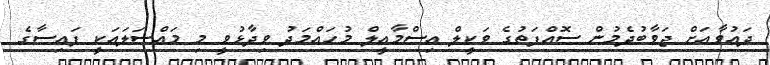
ދައުވާއަށް ޖަވާބުދެމުން ސޮއްފަތުގެ ވަކީލް އިސްމާއީލް މުހައްމަދު ވިދާޅުވީ މި މައްސަލައަކީ ފައިސާގެ